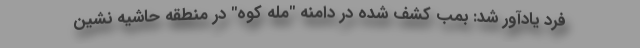
فرد یادآور شد: بمب کشف شده در دامنه "مله کوه" در منطقه حاشیه نشین